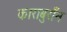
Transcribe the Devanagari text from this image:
काराबुराँन